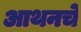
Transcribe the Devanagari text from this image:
आथनचे